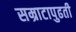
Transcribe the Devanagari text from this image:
सम्राटापुढती